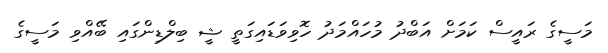
މަސީގެ ރައީސް ކަމަށް އަބްދު މުހައްމަދު ހޮވިވަޑައިގަތީ ޝީ ބިލްޑިންގައި ބޭއްވި މަސީގެ